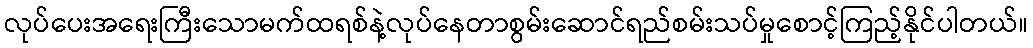
လုပ်ပေးအရေးကြီးသောမက်ထရစ်နဲ့လုပ်နေတာစွမ်းဆောင်ရည်စမ်းသပ်မှုစောင့်ကြည့်နိုင်ပါတယ်။